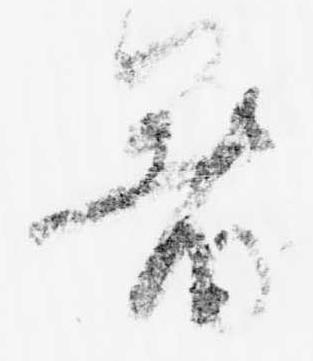
暑